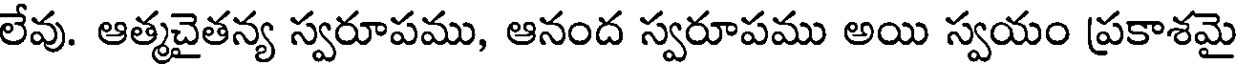
లేవు. ఆత్మచైతన్య స్వరూపము, ఆనంద స్వరూపము అయి స్వయం ప్రకాశమై